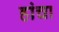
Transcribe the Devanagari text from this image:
हांचा